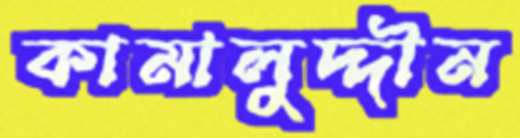
কামালুদ্দীন